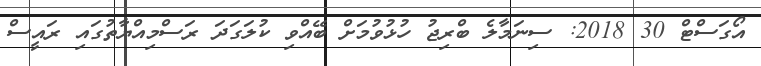
އޯގަސްޓް 30 2018: ސިނަމާލެ ބްރިޖު ހުޅުވުމަށް ބޭއްވި ކުލަގަދަ ރަސްމިއްޔާތުގައި ރައީސް